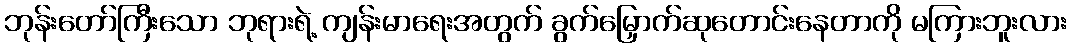
ဘုန်းတော်ကြီးသော ဘုရားရဲ့ ကျန်းမာရေးအတွက် ခွက်မြှောက်ဆုတောင်းနေတာကို မကြားဘူးလား